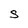
Character: S